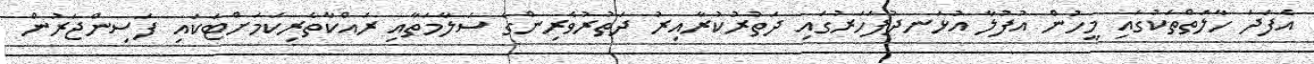
އެފަދަ ހާލަތްތަކުގައި މީހުން އުފުލާ އުޅަނދުފަހަރުގައި ދަތުރުކުރާއިރު ދަތުރުވެރިންގެ ސަލާމަތާއި ރައްކާތެރިކަމަށްޓަކައި ފަސިންޖަރުން